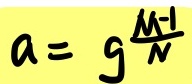
\[
a = g^{\frac{M - 1}{N}}
\]